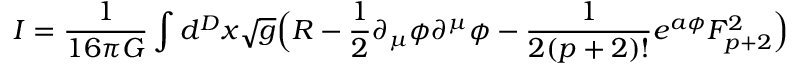
I = \frac { 1 } { 1 6 \pi G } \int d ^ { D } x \sqrt { g } \Big ( R - \frac { 1 } { 2 } \partial _ { \mu } \phi \partial ^ { \mu } \phi - \frac { 1 } { 2 ( p + 2 ) ! } e ^ { a \phi } F _ { p + 2 } ^ { 2 } \Big )